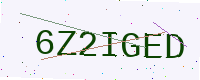
Text: 6Z2IGED